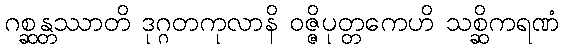
ဂစ္ဆန္တဿာတိ ဒုဂ္ဂတကုလာနိ ဝဇ္ဇိပုတ္တကေဟိ သစ္ဆိကရဏံ